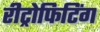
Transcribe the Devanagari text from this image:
रीट्रोफिटिंग